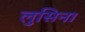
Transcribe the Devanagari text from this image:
लुसिना